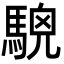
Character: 𩤖